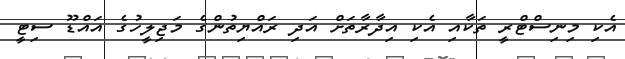
އެކި މިނިސްޓްރީ ތަކާއި އެކި އިދާރާތަށް އަދި ރައްޔިތުންގެ މަޖިލީހުގެ އައްޑޫ ސިޓީ